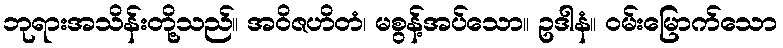
ဘုရားအသိန်းတို့သည်။ အဝိဇဟိတံ၊ မစွန့်အပ်သော။ ဥဒါနံ။ ဝမ်းမြောက်သော